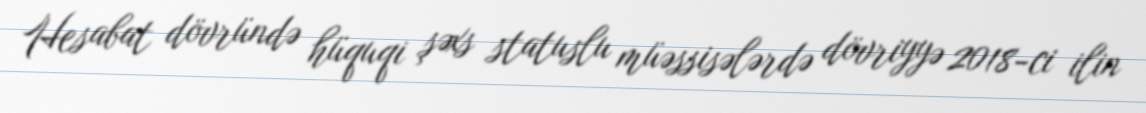
Hesabat dövründə hüquqi şəxs statuslu müəssisələrdə dövriyyə 2018-ci ilin